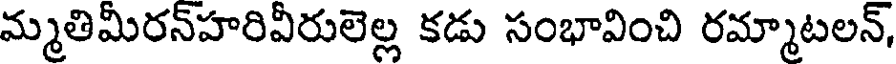
మ్మతిమీరన్హరివీరులెల్ల కడు సంభావించి రమ్మాటలన్,